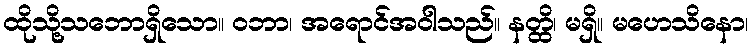
ထိုသို့သဘောရှိသော။ ဝဘာ၊ အရောင်အဝါသည်။ နတ္ထိ၊ မရှိ။ မဟေသိနော၊